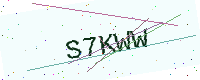
Text: S7KWW